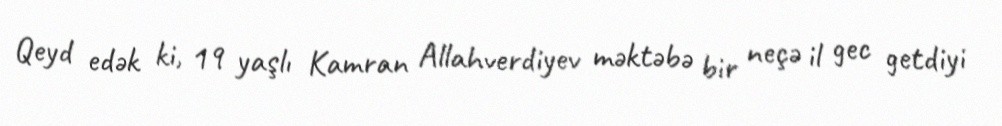
Qeyd edək ki, 19 yaşlı Kamran Allahverdiyev məktəbə bir neçə il gec getdiyi